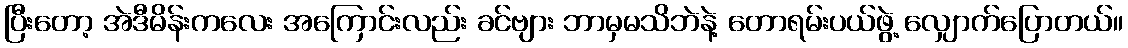
ပြီးတော့ အဲဒီမိန်းကလေး အကြောင်းလည်း ခင်ဗျား ဘာမှမသိဘဲနဲ့ တောရမ်းပယ်ဖွဲ့ လျှောက်ပြောတယ်။